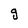
Character: g